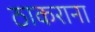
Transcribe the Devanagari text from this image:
ठाकराना